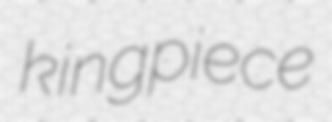
kingpiece